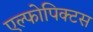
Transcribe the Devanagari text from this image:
एल्फोपिक्टस